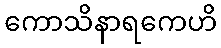
ကောသိနာရကေဟိ